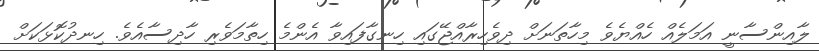
ލާއިންސާނީ އަމަލެއް ހެއްޔެެވެ މިހާތަނަށް ދިވެހިރާއްޖޭގައި ހިނގާފައިވާ އެންމެ ހިތާމަވެރި ހާދިސާއެވެ. ހިނދުކޮޅަކަށް